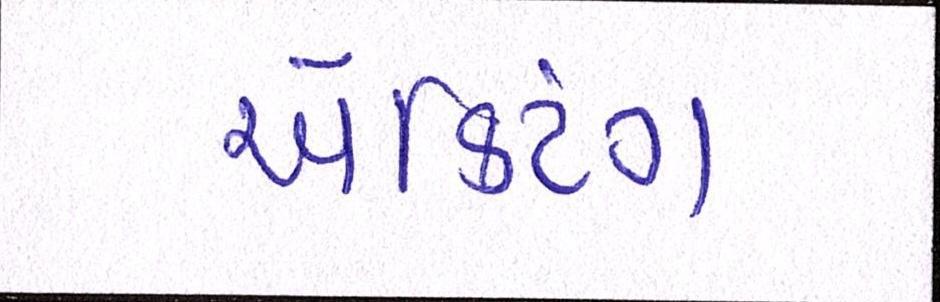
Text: ઍક્ટિંગ